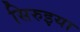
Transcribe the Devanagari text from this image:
सिरुइया